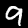
Digit: 9